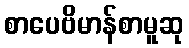
စာပေဗိမာန်စာမူဆု